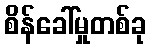
စိန်ခေါ်မှုတစ်ခု